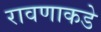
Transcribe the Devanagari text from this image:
रावणाकडे